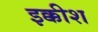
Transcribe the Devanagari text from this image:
इक्कीश